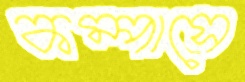
কম্পাসে